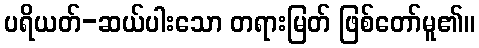
ပရိယတ်-ဆယ်ပါးသော တရားမြတ် ဖြစ်တော်မူ၏။